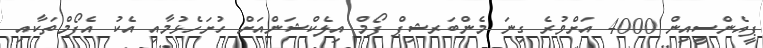
ޕީއެންސީއިން 4000 އަށްވުރެ ގިނަ މެންބަރޝިޕް ފޯމް އިލެކްޝަންއަށް ހުށަހެޅުމާއި އެކު އެފޯމްތަކާއި